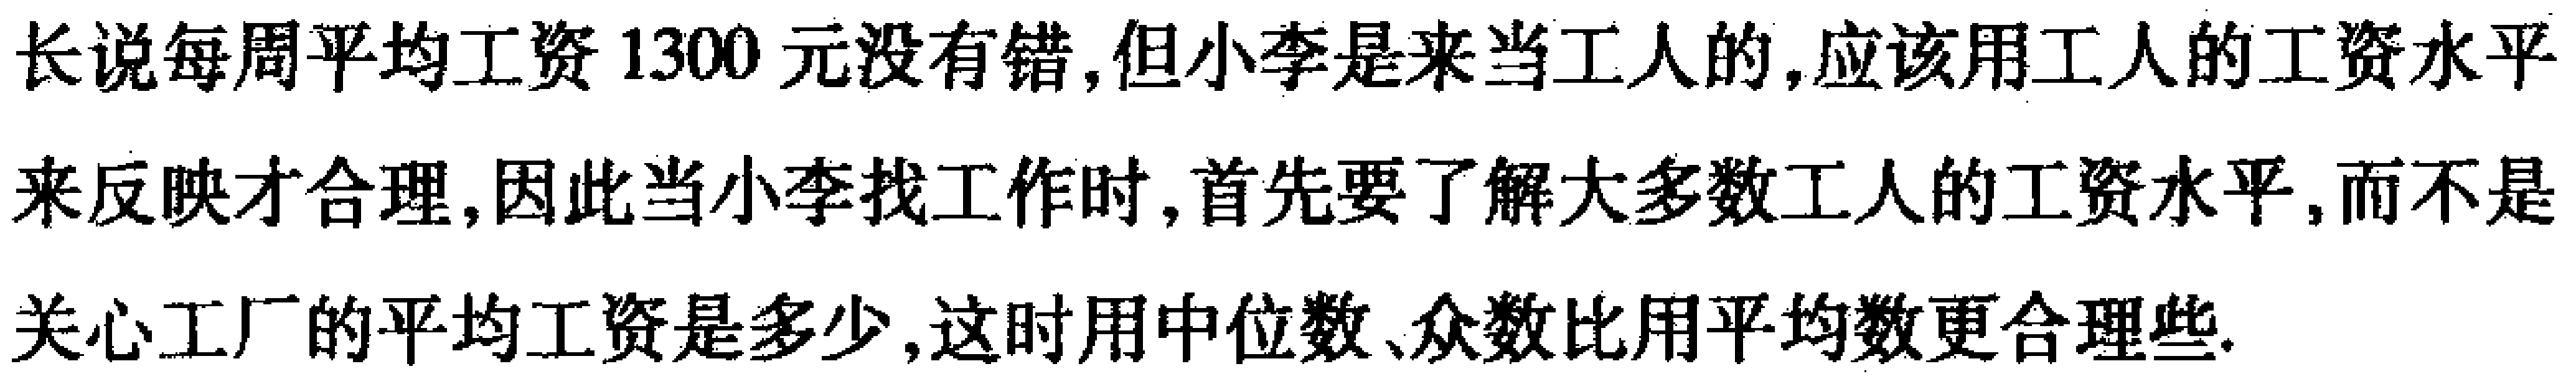
长说每周平均工资1300元没有错,但小李是来当工人的,应该用工人的工资水平来反映才合理,因此当小李找工作时,首先要了解大多数工人的工资水平,而不是关心工厂的平均工资是多少,这时用中位数、众数比用平均数更合理些.